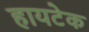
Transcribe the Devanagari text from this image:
हायटेक